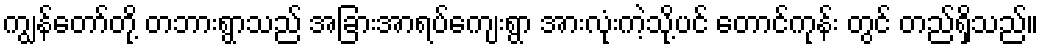
ကျွန်တော်တို့ တဘားရွာသည် အခြားအာရပ်ကျေးရွာ အားလုံးကဲ့သို့ပင် တောင်ကုန်း တွင် တည်ရှိသည်။